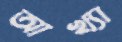
আখ্যা